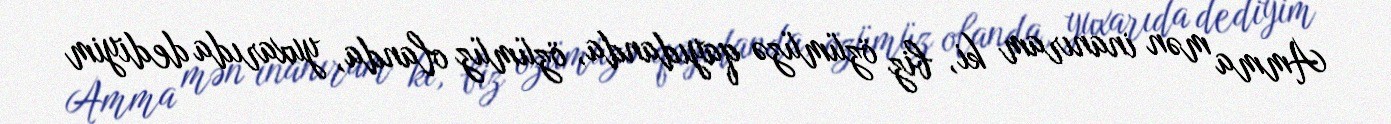
Amma mən inanıram ki, biz özümüzə qayıdanda, özümüz olanda, yuxarıda dediyim